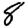
Digit: 8